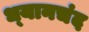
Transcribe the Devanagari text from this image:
ध्‍यानचंद